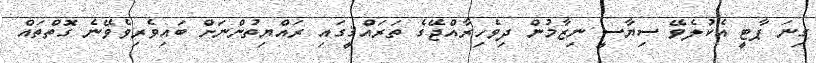
ގިނަ ޕާޓީ އެކުލެވޭ ސިޔާސީ ނިޒާމުން ދިވެހިރާއްޖޭގެ ތަރައްޤީގައި ރައްޔިތުންނަށް ބައިވެރިވެވޭނެ ގޮތްތައް